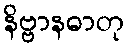
နိဗ္ဗာနဓာတု